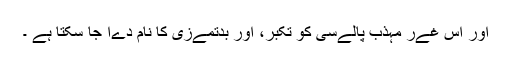
اور اس غےر مہذب پالےسی کو تکبر، اور بدتمےزی کا نام دےا جا سکتا ہے ۔